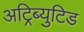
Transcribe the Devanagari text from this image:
अट्रिब्युटिड